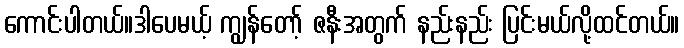
ကောင်းပါတယ်။ဒါပေမယ့် ကျွန်တော့် ဇနီးအတွက် နည်းနည်း ပြင်းမယ်လို့ထင်တယ်။